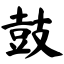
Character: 鼓